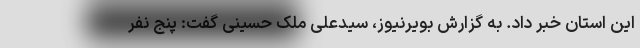
این استان خبر داد. به گزارش بویرنیوز، سیدعلی ملک حسینی گفت: پنج نفر